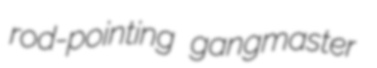
rod-pointing gangmaster